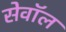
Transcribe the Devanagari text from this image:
सेवॉल